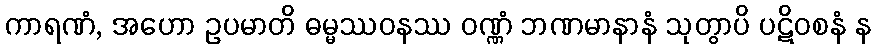
ကာရဏံ, အဟော ဥပမာတိ ဓမ္မဿဝနဿ ဝဏ္ဏံ ဘဏမာနာနံ သုတွာပိ ပဋိဝစနံ န